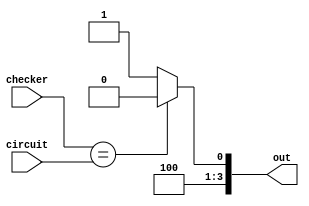
module passOrFail_8 (
    input [1:0] checker,
    input [1:0] circuit,
    output reg [3:0] out
  );
  
  
  
  always @* begin
    if (checker == circuit) begin
      out = 4'h8;
    end else begin
      out = 4'h9;
    end
  end
endmodule